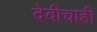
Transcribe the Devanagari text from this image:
देवीचाही